Report on vaccination in Madras 1904-1921 - 1904-1921
Year: 1904
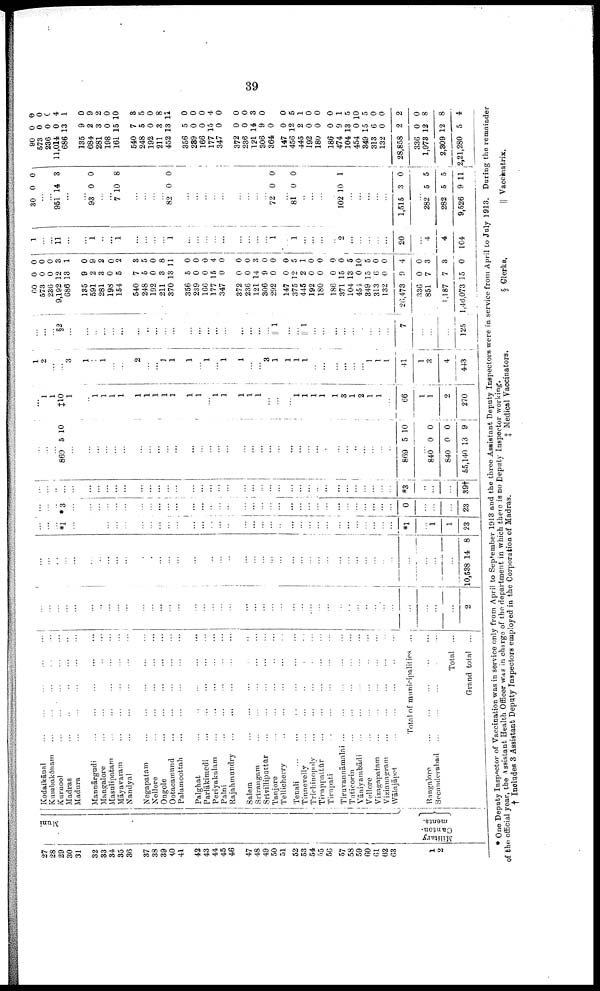
39
27
28
29
30
31
32
33
34
35
36
37
38
39
40
41
42
43
44
45
46
47
48
49
50
51
52
53
54
55
56
57
58
59
60
61
62
63
1
2
Muni
Military
Canton
ments.
Kodaikānal
...
...
...
...
...
Kumbakōnam ... ... ... ... ...
Kurnoo ... ... ... ... ...
Madras
...
...
...
...
...
Madura
...
...
...
...
...
Mannārgudi
...
...
...
...
...
Mangalore
...
...
...
...
...
Masulipatam
...
...
...
...
...
Māyararam
...
...
...
...
...
Nandyal
...
...
...
...
...
Negapatam
...
...
...
...
...
Nellore
...
...
...
...
...
Ongole
...
...
...
...
...
Ootacamnnd ... ... ... ... ...
Palamcottah ... ... ... ... ...
Palghat
...
...
...
...
...
Parlākimedi ... ... ... ... ...
Periyakulam
...
...
...
...
...
Palni
...
...
...
...
...
Rajahmundry
...
...
...
...
...
Salem
...
...
...
...
...
Srirangam
...
...
...
...
...
Srivilliputtūr
...
...
...
...
...
Tanjore
...
...
...
...
...
Tellicherry
...
...
...
...
...
Tenali
...
...
...
...
...
Tinnevelly ... ... ... ... ...
Trichinopoly ... ... ... ... ...
Tiruppattūr
...
...
...
...
...
Tirupati
...
...
...
...
...
Tiruvannāmalai
...
...
...
...
...
Tuticorin
...
...
...
...
...
Vāniyambārdi
...
...
...
...
...
Vellore
...
...
...
...
...
Vizagapatam ... ... ... ... ...
Vizinnagram ... ... ... ... ...
Wālajāpet
...
...
...
...
...
Total of municipalities ...
Bangalore ... ... ... ... ...
Secunderabad ... ... ... ... ...
Total ...
Grand total ...
...
...
...
...
...
...
...
...
...
...
...
...
...
...
...
...
...
...
...
...
...
...
...
...
...
...
...
...
...
...
...
...
...
...
...
...
...
...
...
...
...
2
...
...
...
...
...
...
...
...
...
...
...
...
...
...
...
...
...
...
...
...
...
...
...
...
...
...
...
...
...
...
...
...
...
...
...
...
...
...
...
...
...
10,538 14 8
...
...
...
*i
...
...
...
...
...
...
...
...
...
...
...
...
...
...
...
...
...
...
...
...
...
...
...
...
...
...
...
...
...
...
...
...
...
*1
...
1
1
23
...
...
...
*3
...
...
...
...
...
...
...
...
...
...
...
...
...
...
...
...
...
...
...
...
...
...
...
...
...
...
...
...
...
...
...
...
...
0
...
...
...
23
...
...
...
...
...
...
...
...
...
...
...
...
...
...
...
...
...
...
...
...
...
...
...
...
...
...
...
...
...
...
...
...
...
...
...
...
...
*3
..
...
...
39†
...
...
...
869 5 10
...
...
...
...
...
...
...
...
...
...
...
...
...
...
...
...
...
...
...
...
...
...
...
...
...
...
...
...
...
...
...
...
...
869 5 10
...
840
840
55,140
0
0
13
0
0
9
...
1
1
‡10
1
...
1
1
1
1
1
1
1
1
1
1
1
...
1
1
1
1
1
...
...
...
1
1
1
1
1
3
1
2
1
1
...
66
1
1
2
270
1
2
...
...
3
1
1
1
...
...
2
...
...
1
1
1
...
1
...
1
1
...
...
3
1
1
1
1
...
...
...
...
...
...
1
1
1
41
1
3
4
443
...
...
...
§2
...
...
...
...
...
...
...
..
...
...
...
...
...
...
...
...
...
...
...
...
|| 1
...
...
||1
...
...
...
...
...
...
...
...
...
7
...
...
...
125
60
573
236
9,192
686
135
591
281
198
154
540
248
192
211
370
356
239
166
177
347
372
236
121
306
292
147
375
445
192
180
186
371
104
454
349
313
132
26,473
336
851
1,187
1,46,073
0
0
0
12
13
9
2
3
0
5
7
5
0
3
13
5
0
0
15
0
0
0
14
9
0
0
12
2
0
0
0
15
13
0
15
6
0
9
0
7
7
15
0
0
0
3
1
0
9
2
0
2
3
5
0
8
11
0
0
0
4
0
0
0
3
0
0
0
5
1
0
0
0
0
5
10
5
0
0
4
0
3
3
0
1
...
...
11
...
...
1
...
...
1
...
...
...
...
1
...
...
...
...
...
...
...
...
...
1
...
1
...
...
...
...
2
...
...
...
...
...
20
...
4
4
104
30 0 0
...
...
951 14 3
...
...
93 0 0
...
...
7 10 8
...
...
...
...
82 0 0
...
...
...
...
...
...
...
...
...
72 0 0
...
81 0 0
...
...
...
...
102 10 1
...
...
...
...
...
1,515 3 0
...
282
282
9,526
5
5
9
5
5
11
90
573
236
11,014
686
135
684
281
198
161
540
248
192
211
452
356
289
166
177
347
372
236
121
306
364
147
456
445
192
180
186
474
104
454
849
313
132
28,858
336
1,978
2,309
2,21,280
0
0
0
0
13
9
2
3
0
15
7
5
0
3
13
5
0
0
15
0
0
0
14
9
0
0
12
2
0
0
0
9
13
0
15
6
0
2
0
12
12
5
0
0
0
4
1
0
9
2
0
10
8
5
0
8
11
0
0
0
4
0
0
0
3
0
0
5
1
0
0
0
1
5
10
5
0
0
2
0
8
8
4
* One Deputy Inspector of Vaccination was in service only from April to September 1913 and the three Assistant Deputy Inspectors were in service from April to July 1913. During the remainder
of the official year, the Assistant Health Officer was in charge of the department in which there is no Deputy Inspector working.
† Includes 3 Assistant Deputy Inspectors employed in the Corporation of Madras.
‡ Medical Vaccinators.
§ Clerks.
|| Vaccinatrix.